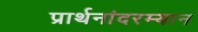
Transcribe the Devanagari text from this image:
प्रार्थनांदरम्यान